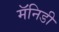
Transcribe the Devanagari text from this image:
मॅनिडी